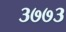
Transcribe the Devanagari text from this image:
३७७३